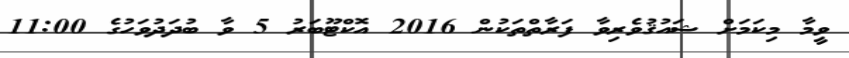
ވީމާ މިކަމަށް ޝައުޤުވެރިވާ ފަރާތްތަކުން 2016 އޮކްޓޫބަރު 5 ވާ ބުދަދުވަހުގެ 11:00